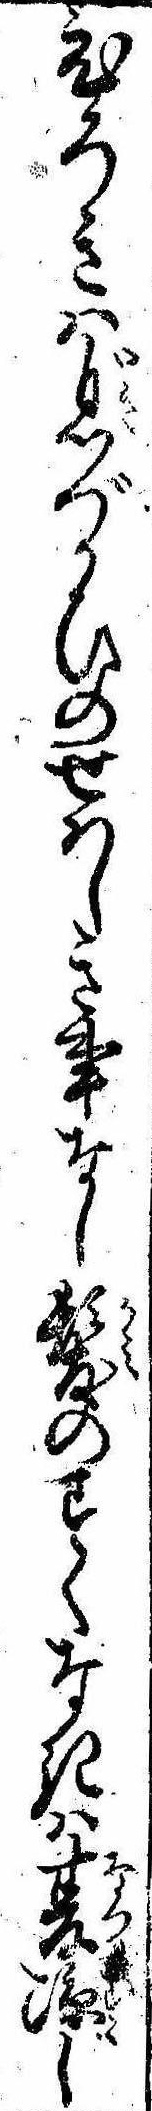
ひろきは息づかひのせはしき事なし髪のすくなきは夏涼し